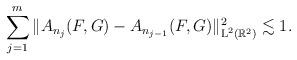
LaTeX: \begin{align*}\sum_{j=1}^{m} \| A_{n_j}(F,G) - A_{n_{j-1}}(F,G) \|_{\textup{L}^2(\mathbb{R}^2)}^2 \lesssim 1 .\end{align*}